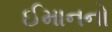
ઈમાનનો